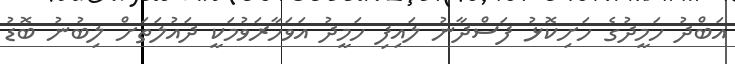
އަބްދު ހަމީދުގެ ހަށިކޮޅު ފަސްދާނު ލައިފި ހަމީދު އަވަހާރަވުމަކީ ދައުލަތަށް ލިބުނު ބޮޑު